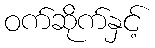
ဝက်ဆိုက်နှင့်